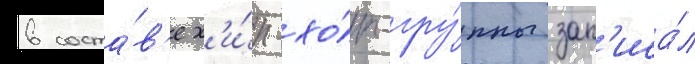
в соста́в'е х'и́п-хо́п-гру́ппы зап'иса́л